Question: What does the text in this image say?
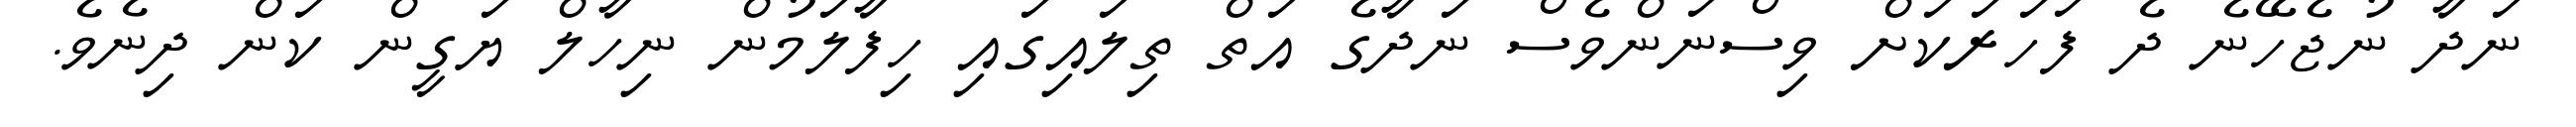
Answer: ނަދާ ނުޖެހޭނެ ދެ ފަހަރަކަށް ވިސްނަންވެސް ނަދާގެ އަތް ތިލައިގައި ހިފާލަމުން ނިހާލް ޔަގީން ކަން ދިނެވެ.